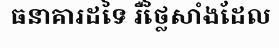
ធនាគារដទៃ រឺថ្លៃសាំងដែល